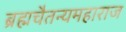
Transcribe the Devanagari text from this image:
ब्रह्मचैतन्यमहाराज